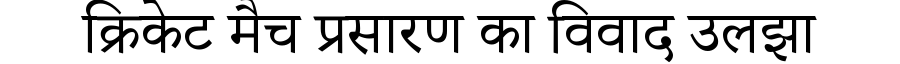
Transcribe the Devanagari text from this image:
क्रिकेट मैच प्रसारण का विवाद उलझा